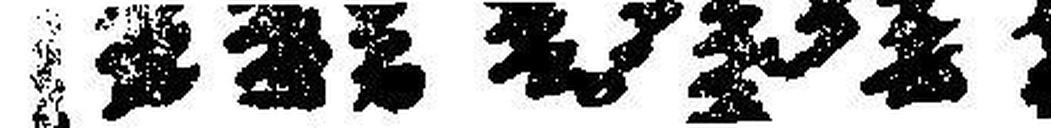
Kropf